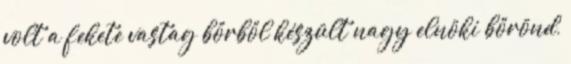
volt a fekete vastag bőrből készült nagy elnöki bőrönd,